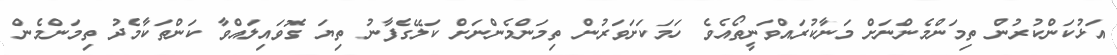
އަޅުކަންކުރުން ތިމަންމެންނަށް މަނާކުރައްވަނީތޯއެވެ ހަމަކަށަވަރުން ތިމަންމެންނަށް ކަލޭގެފާނު ތިޔަ ގޮވައިލައްވާ ކަންތަކާމެދު ތިމަންމެން